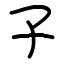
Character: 子